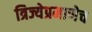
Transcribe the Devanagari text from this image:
त्रिज्येप्रमाणेच